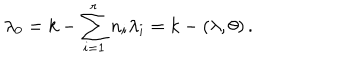
\lambda _ { 0 } = k - \sum _ { i = 1 } ^ { r } n _ { i } \lambda _ { i } = k - ( \lambda , \theta ) \, .